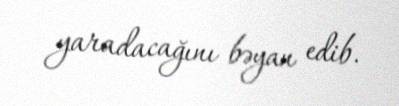
yaradacağını bəyan edib.